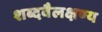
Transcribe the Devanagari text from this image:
शब्दवैलक्षण्य